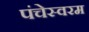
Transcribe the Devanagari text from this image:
पंचेस्वरम